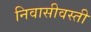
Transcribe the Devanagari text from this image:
निवासीवस्ती